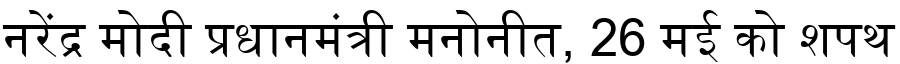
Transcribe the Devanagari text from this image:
नरेंद्र मोदी प्रधानमंत्री मनोनीत, 26 मई को शपथ